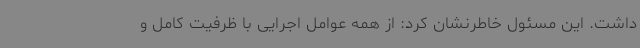
داشت. این مسئول خاطرنشان کرد: از همه عوامل اجرایی با ظرفیت کامل و